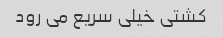
کشتی خیلی سریع می رود